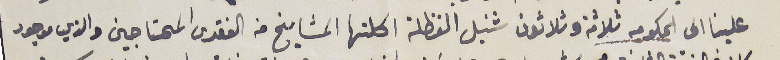
علينا الى الحكومه ثلاثة وثلاثون شنبل الفظلة اكلتها المشايخ من الفقرى المحتاجين والذي موجود